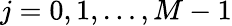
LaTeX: j=0,1,\ldots,M-1